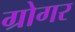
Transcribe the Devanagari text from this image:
ग्रोगर